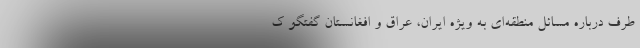
طرف درباره مسائل منطقه‌ای به ویژه ایران، عراق و افغانستان گفتگو ک